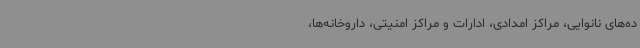
ده‌های نانوایی، مراکز امدادی، ادارات و مراکز امنیتی، داروخانه‌ها،